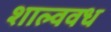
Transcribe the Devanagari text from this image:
शाल्ववध